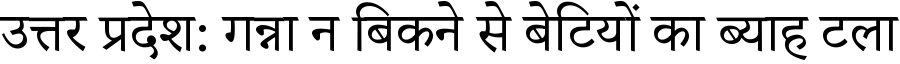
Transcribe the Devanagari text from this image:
उत्तर प्रदेश: गन्ना न बिकने से बेटियों का ब्याह टला